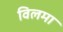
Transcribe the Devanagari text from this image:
विलमा